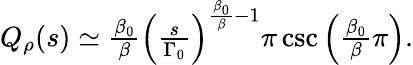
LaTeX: \begin{array}{r}{Q_{\rho}(s)\simeq\frac{\beta_{0}}{\beta}\Big(\frac{s}{\Gamma_{0}}\Big)^{\frac{\beta_{0}}{\beta}-1}\pi\csc\Big(\frac{\beta_{0}}{\beta}\pi\Big).}\end{array}